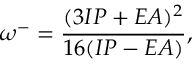
\omega ^ { - } = \frac { ( 3 I P + E A ) ^ { 2 } } { 1 6 ( I P - E A ) } ,